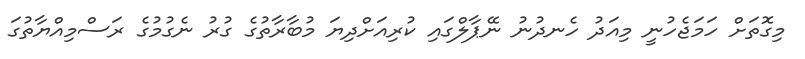
މިގޮތަށް ހަމަޖެހުނީ މިއަދު ހެނދުނު ނޭޕާލްގައި ކުރިއަށްދިޔަ މުބާރާތުގެ ގުރު ނެގުމުގެ ރަސްމިއްޔާތުގަ